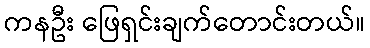
ကနဦး ဖြေရှင်းချက်တောင်းတယ်။